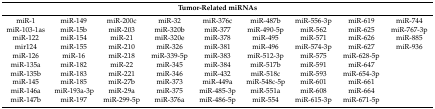
| <COLSPAN=9> Tumor-Related miRNAs |
 | --- | --- | --- | --- | --- | --- | --- | --- | --- |
 | miR-1 | miR-149 | miR-200c | miR-32 | miR-376c | miR-487b | miR-556-3p | miR-619 | miR-744 |
 | miR-103-1as | miR-15b | miR-203 | miR-320b | miR-377 | miR-490-5p | miR-562 | miR-625 | miR-767-3p |
 | miR-122 | miR-154 | miR-21 | miR-320e | miR-378 | miR-495 | miR-571 | miR-626 | miR-885 |
 | mir124 | miR-155 | miR-210 | miR-326 | miR-381 | miR-496 | miR-574-3p | miR-627 | miR-936 |
 | miR-126 | miR-16 | miR-218 | miR-339-5p | miR-383 | miR-512-3p | miR-575 | miR-628-5p |  |
 | miR-135a | miR-182 | miR-22 | miR-345 | miR-384 | miR-517b | miR-591 | miR-647 |  |
 | miR-135b | miR-183 | miR-221 | miR-346 | miR-432 | miR-518c | miR-593 | miR-654-3p |  |
 | miR-145 | miR-185 | miR-27b | miR-373 | miR-449a | miR-548c-5p | miR-601 | miR-661 |  |
 | miR-146a | miR-193a-3p | miR-29a | miR-375 | miR-485-3p | miR-551a | miR-608 | miR-664 |  |
 | miR-147b | miR-197 | miR-299-5p | miR-376a | miR-486-5p | miR-554 | miR-615-3p | miR-671-5p |  |